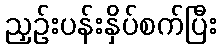
ညှဉ်းပန်းနှိပ်စက်ပြီး